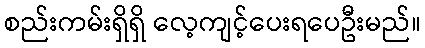
စည်းကမ်းရှိရှိ လေ့ကျင့်ပေးရပေဦးမည်။